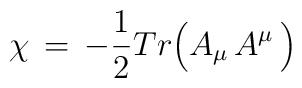
\chi\,=\,-{1\over 2} Tr \Big( A_\mu \,A^\mu\,\Big)